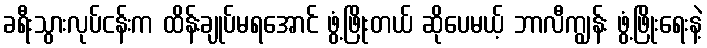
ခရီးသွားလုပ်ငန်းက ထိန်းချုပ်မရအောင် ဖွံ့ဖြိုးတယ် ဆိုပေမယ့် ဘာလီကျွန်း ဖွံ့ဖြိုးရေးနဲ့